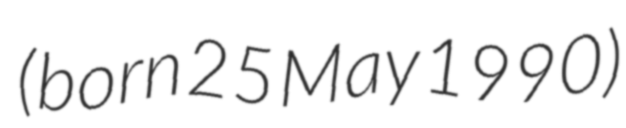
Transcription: (born 25 May 1990)